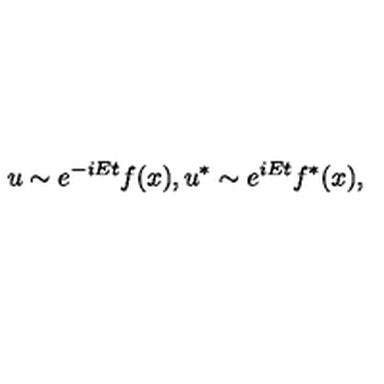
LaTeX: u \sim e ^ { - i E t } f ( x ) , u ^ { * } \sim e ^ { i E t } f ^ { * } ( x ) ,